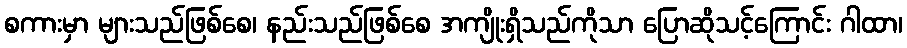
စကားမှာ များသည်ဖြစ်စေ၊ နည်းသည်ဖြစ်စေ အကျိုးရှိသည်ကိုသာ ပြောဆိုသင့်ကြောင်း ဂါထာ၊